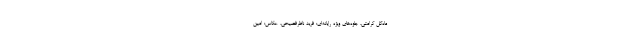
ماه‌گل کرامتی، جلوه‌های ویژه رایانه‌ای: فرید ناظرفصیحی، عکاس: امین